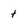
Character: t